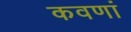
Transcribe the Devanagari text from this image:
कवणां